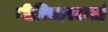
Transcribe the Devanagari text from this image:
नीतिसारकर्ता